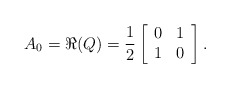
\begin{align*}A_0 = \Re(Q) = \frac{1}{2}\left[ \begin{array}{cc} 0 & 1\\ 1 & 0 \end{array} \right].\end{align*}